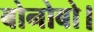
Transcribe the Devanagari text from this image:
बोनोबो।